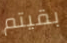
بقيتم